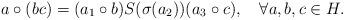
LaTeX: \begin{align*}a\circ(b c)=(a_1\circ b)S(\sigma(a_2))(a_3\circ c), \quad\forall a,b,c\in H.\end{align*}